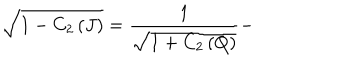
\sqrt { 1 - C _ { 2 } \left( J \right) } = \frac { 1 } { \sqrt { 1 + C _ { 2 } \left( Q \right) } } -